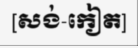
[សង់-កៀត]